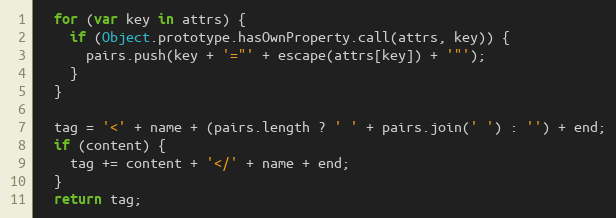
Language: JavaScript
  for (var key in attrs) {
    if (Object.prototype.hasOwnProperty.call(attrs, key)) {
      pairs.push(key + '="' + escape(attrs[key]) + '"');
    }
  }

  tag = '<' + name + (pairs.length ? ' ' + pairs.join(' ') : '') + end;
  if (content) {
    tag += content + '</' + name + end;
  }
  return tag;